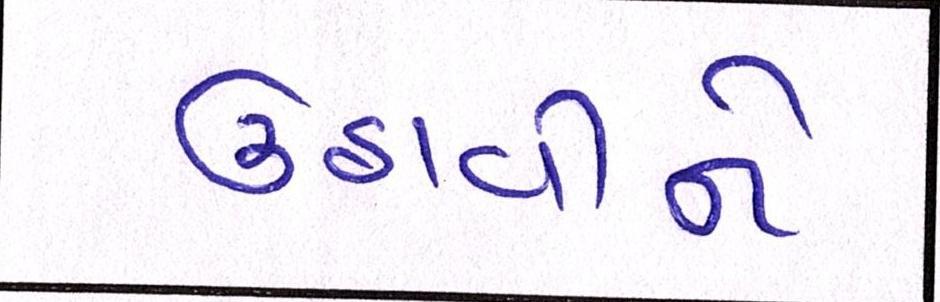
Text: ઉઠાવીને